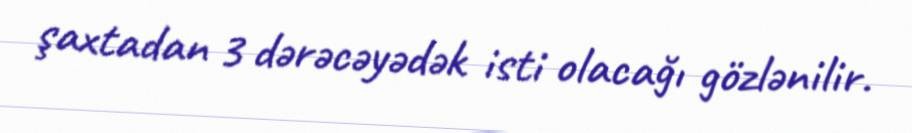
şaxtadan 3 dərəcəyədək isti olacağı gözlənilir.